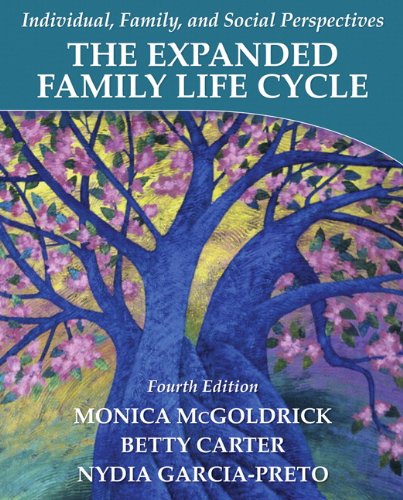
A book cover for The Expanded Family Life Cycle: Individual, Family, and Social Perspectives (4th Edition); Monica McGoldrick; Medical Books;